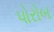
પોરોબ